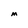
Character: M